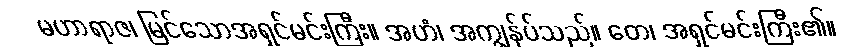
မဟာရာဇ၊ မြင်သောအရှင်မင်းကြီး။ အဟံ၊ အကျွန်ုပ်သည်။ တေ၊ အရှင်မင်းကြီး၏။